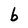
Character: b